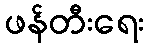
ဖန်တီးရေး